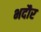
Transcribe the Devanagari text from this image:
भदौर